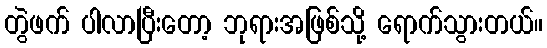
တွဲဖက် ပါလာပြီးတော့ ဘုရားအဖြစ်သို့ ရောက်သွားတယ်။